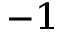
^ { - 1 }